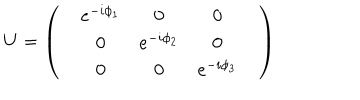
U = \left( \begin{matrix} { { } } & { { e ^ { - i \phi _ { 1 } } } } & { { 0 } } & { { 0 } } \\ { { } } & { { 0 } } & { { e ^ { - i \phi _ { 2 } } } } & { { 0 } } \\ { { } } & { { 0 } } & { { 0 } } & { { e ^ { - i \phi _ { 3 } } } } & { { } } \\ \end{matrix} \right)